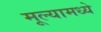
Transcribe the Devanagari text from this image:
मूल्यामध्ये